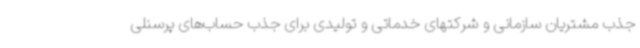
جذب مشتریان سازمانی و شرکتهای خدماتی و تولیدی برای جذب حساب‌های پرسنلی